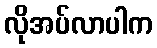
လိုအပ်လာပါက